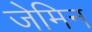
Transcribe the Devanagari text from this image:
जेमिन